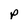
Character: p